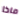
ماذا